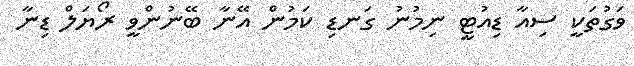
ވަގުތަކީ ސިއާ ޑިއުޓީ ނިމުނު ގަނޑި ކަމުން އޭނާ ބޭނުންވީ ރޯޔަލް ޑިނާ